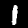
Label: 1